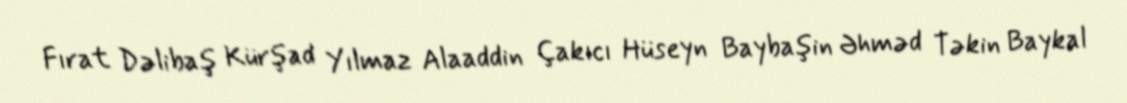
Fırat Dəlibaş Kürşad Yılmaz Alaaddin Çakıcı Hüseyn Baybaşin Əhməd Təkin Baykal